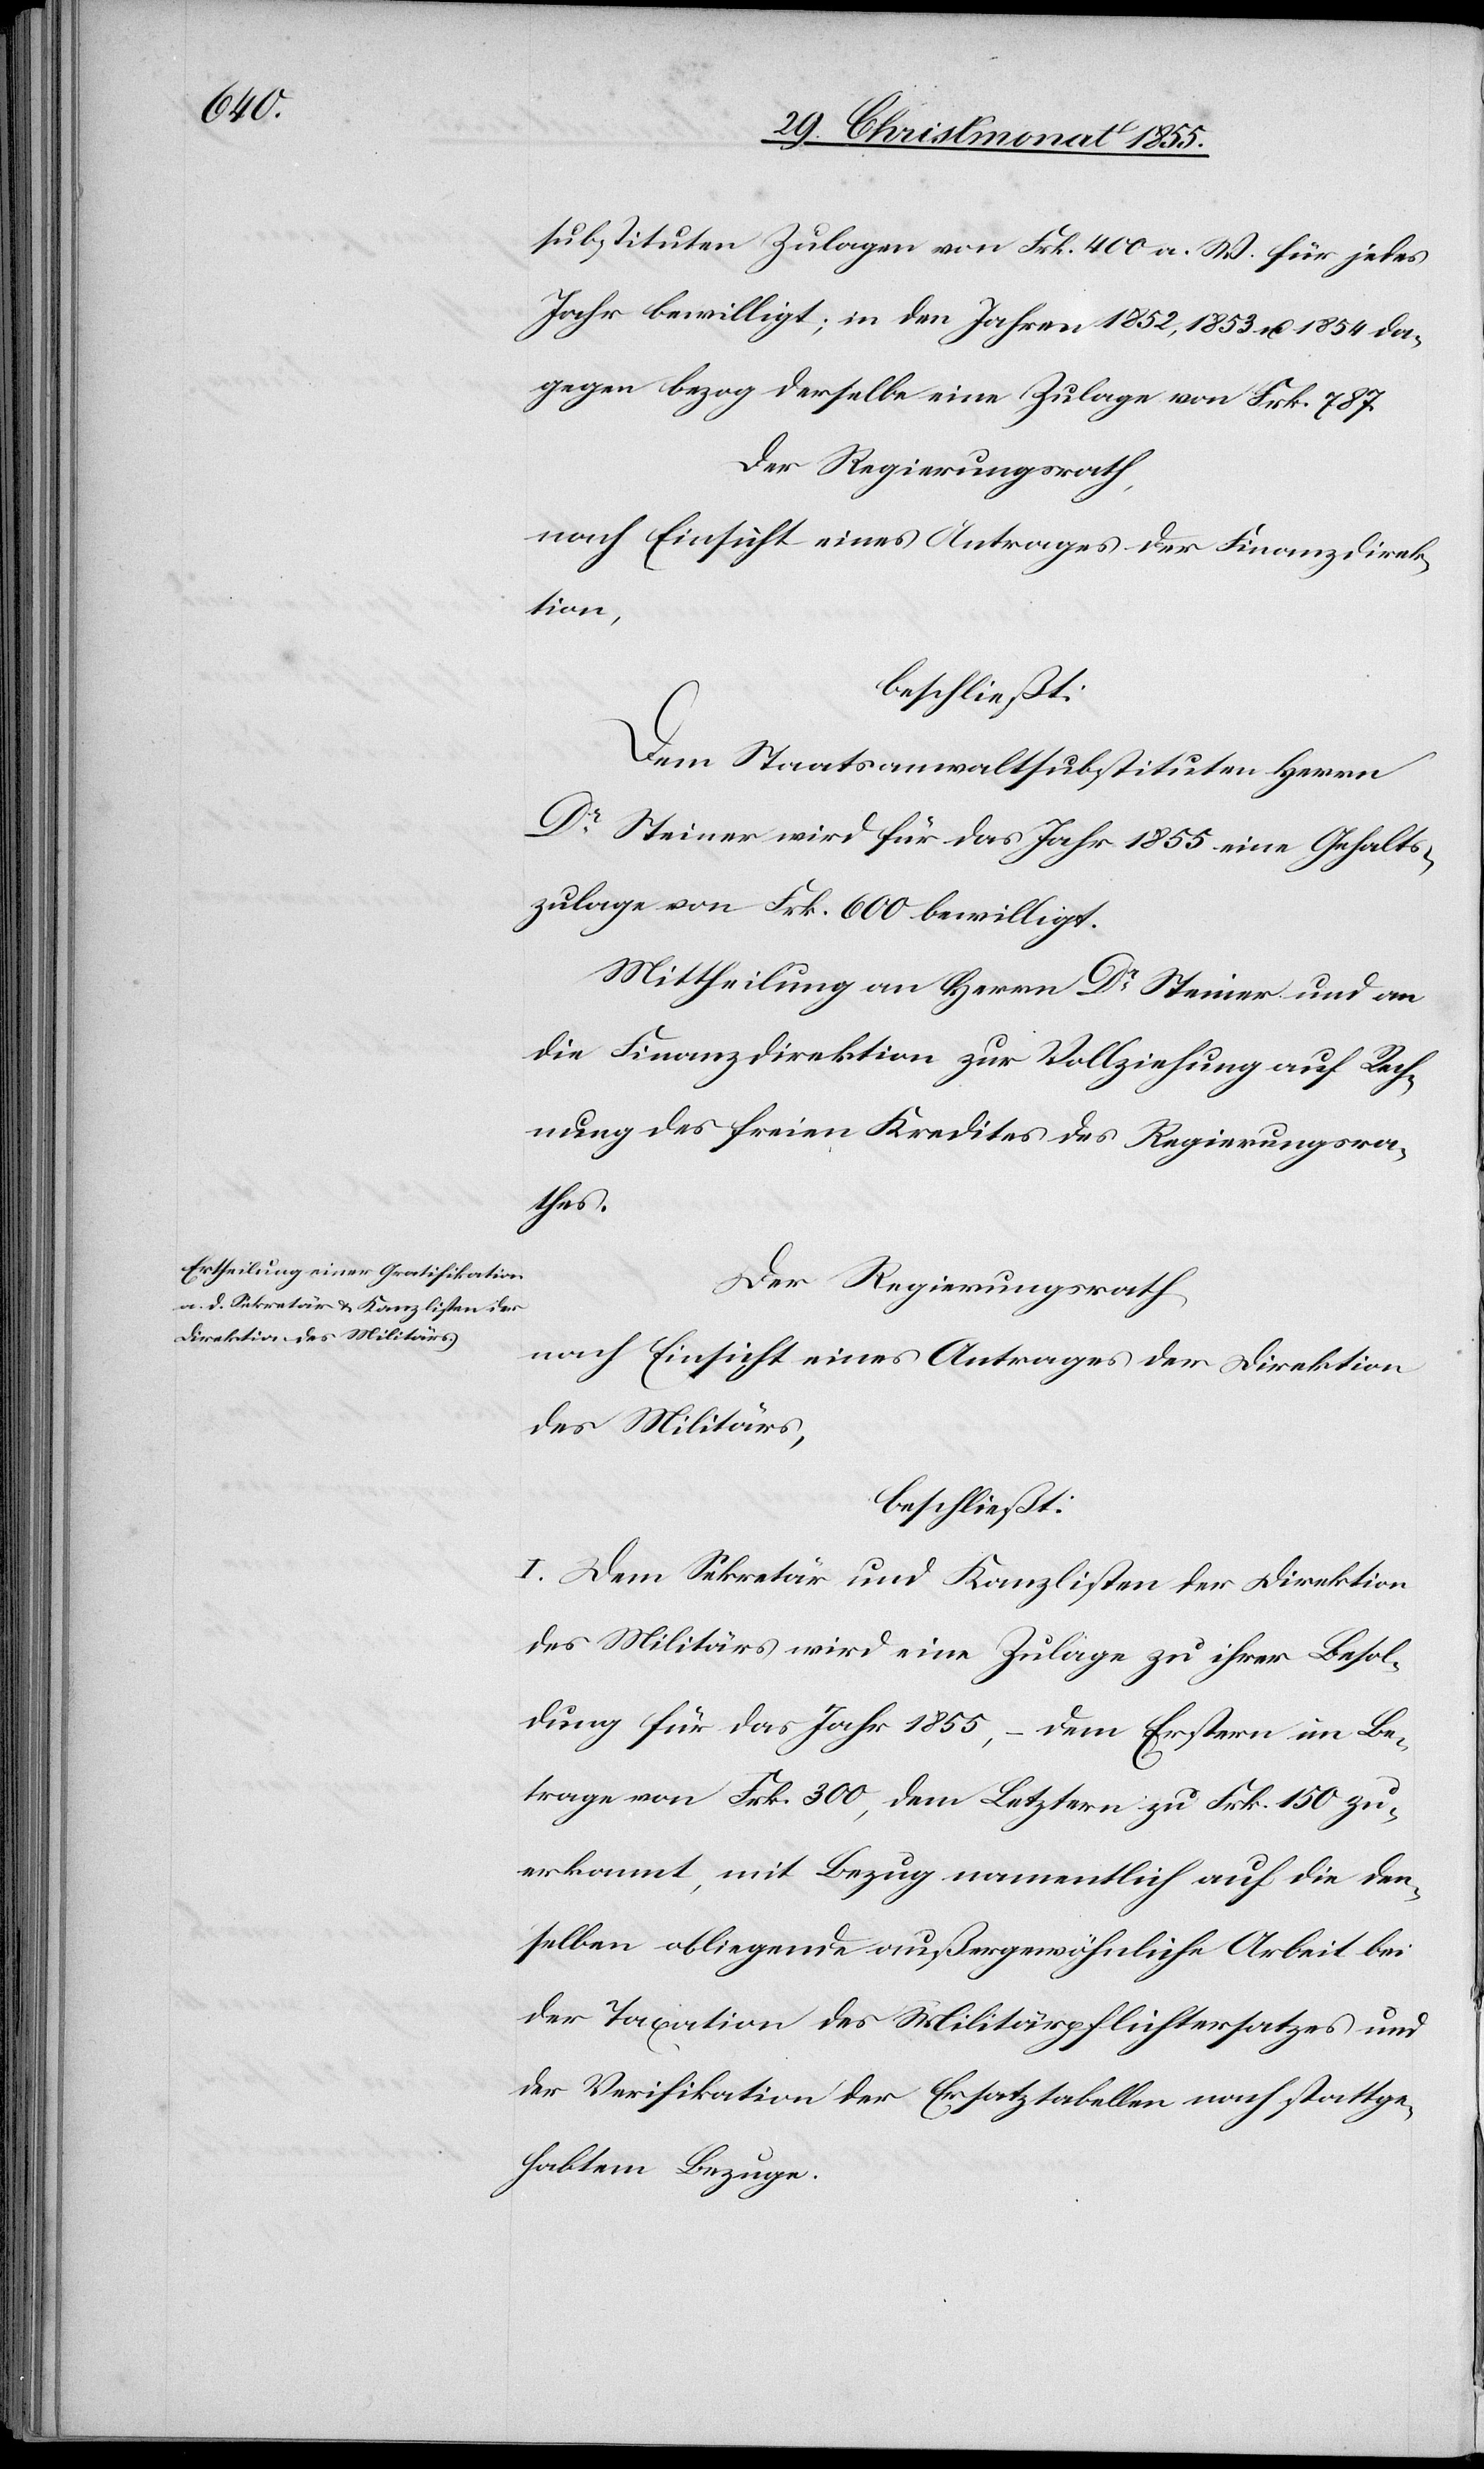
substituten Zulagen von Frk. 400 a. W. für jedes
Jahr bewilligt; in den Jahren 1852, 1853 u. 1854 da¬
gegen bezog derselbe eine Zulage von Frk. 787.
Der Regierungsrath,
nach Einsicht eines Antrages der Finanzdirek¬
tion,
beschließt:
Dem Staatsanwaltsubstituten Herrn
Dr Steiner wird für das Jahr 1855 eine Gehalts¬
zulage von Frk. 600 bewilligt.
Mittheilung an Herrn Dr Steiner und an
die Finanzdirektion zur Vollziehung auf Rech¬
nung des freien Kredites des Regierungsra¬
thes.
Der Regierungsrath,
nach Einsicht eines Antrages der Direktion
des Militärs,
beschließt:
I. Dem Sekretär und Kanzlisten der Direktion
des Militärs wird eine Zulage zu ihrer Besol¬
dung für das Jahr 1855, – dem Erstern im Be¬
trage von Frk. 300, dem Letztern zu Frk. 150 zu¬
erkannt, mit Bezug namentlich auf die den¬
selben obliegende außergewöhnliche Arbeit bei
der Taxation des Militärpflichtersatzes und
der Verifikation der Ersatztabellen nach stattge¬
habtem Bezuge.